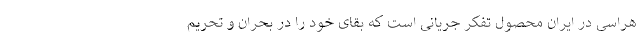
هراسی در ایران محصول تفکر جریانی است که بقای خود را در بحران و تحریم